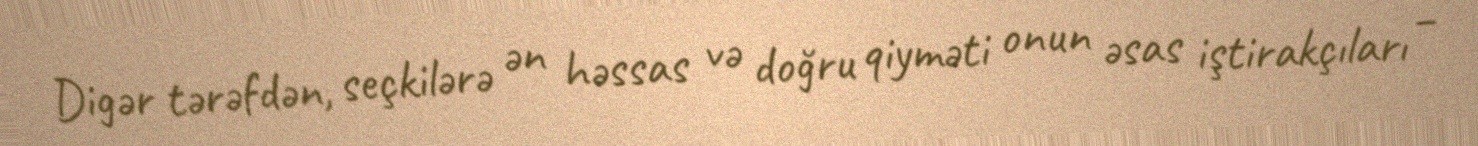
Digər tərəfdən, seçkilərə ən həssas və doğru qiyməti onun əsas iştirakçıları –